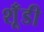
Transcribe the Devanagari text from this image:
शूँडी